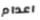
اعدام